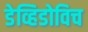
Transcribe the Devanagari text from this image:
डेव्हिडोविच